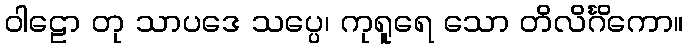
ဝါဠော တု သာပဒေ သပ္ပေ၊ ကုရူရေ သော တိလိင်္ဂိကော။